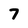
Character: 7